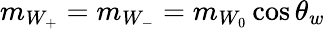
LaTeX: m_{W_{+}}=m_{W_{-}}=m_{W_{0}}\cos{\theta_{w}}